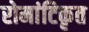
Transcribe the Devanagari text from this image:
रोमांटिकृत